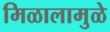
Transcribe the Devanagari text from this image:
मिळालामुळे